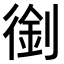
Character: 𠞾